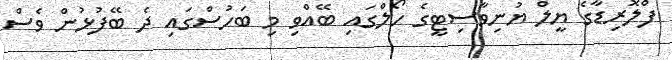
ފްލޮރިޑާގެ ޔީލް ޔުނިވާސިޓީގެ ހޯލްގައި ބޭއްވި މި ބަހުސްގައި ދެ ބޭފުޅުން ވެސް